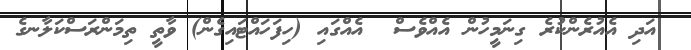
އަދި އެއުރެންކުރެ ގިނަމީހުން އެއްވެސް  އެއްގައި (ހިފަހައްޓައިގެން) ވާތީ ތިމަންރަސްކަލާނގެ